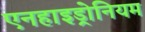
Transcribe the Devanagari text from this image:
एनहाइड्रोनियम